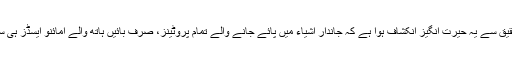
اس کے باوجود، تحقیق سے یہ حیرت انگیز انکشاف ہوا ہے کہ جاندار اشیاء میں پائے جانے والے تمام پروٹینز، صرف بائیں ہاتھ والے امائنو ایسڈز ہی سے مل کر بنے ہیں۔